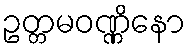
ဥတ္တမဝဏ္ဏိနော